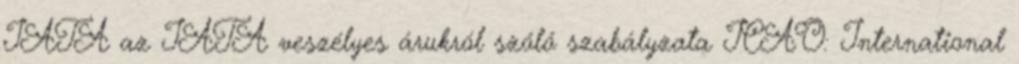
IATA az IATA veszélyes árukról szóló szabályzata ICAO: International